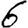
Digit: 6